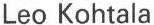
Leo Kohtala